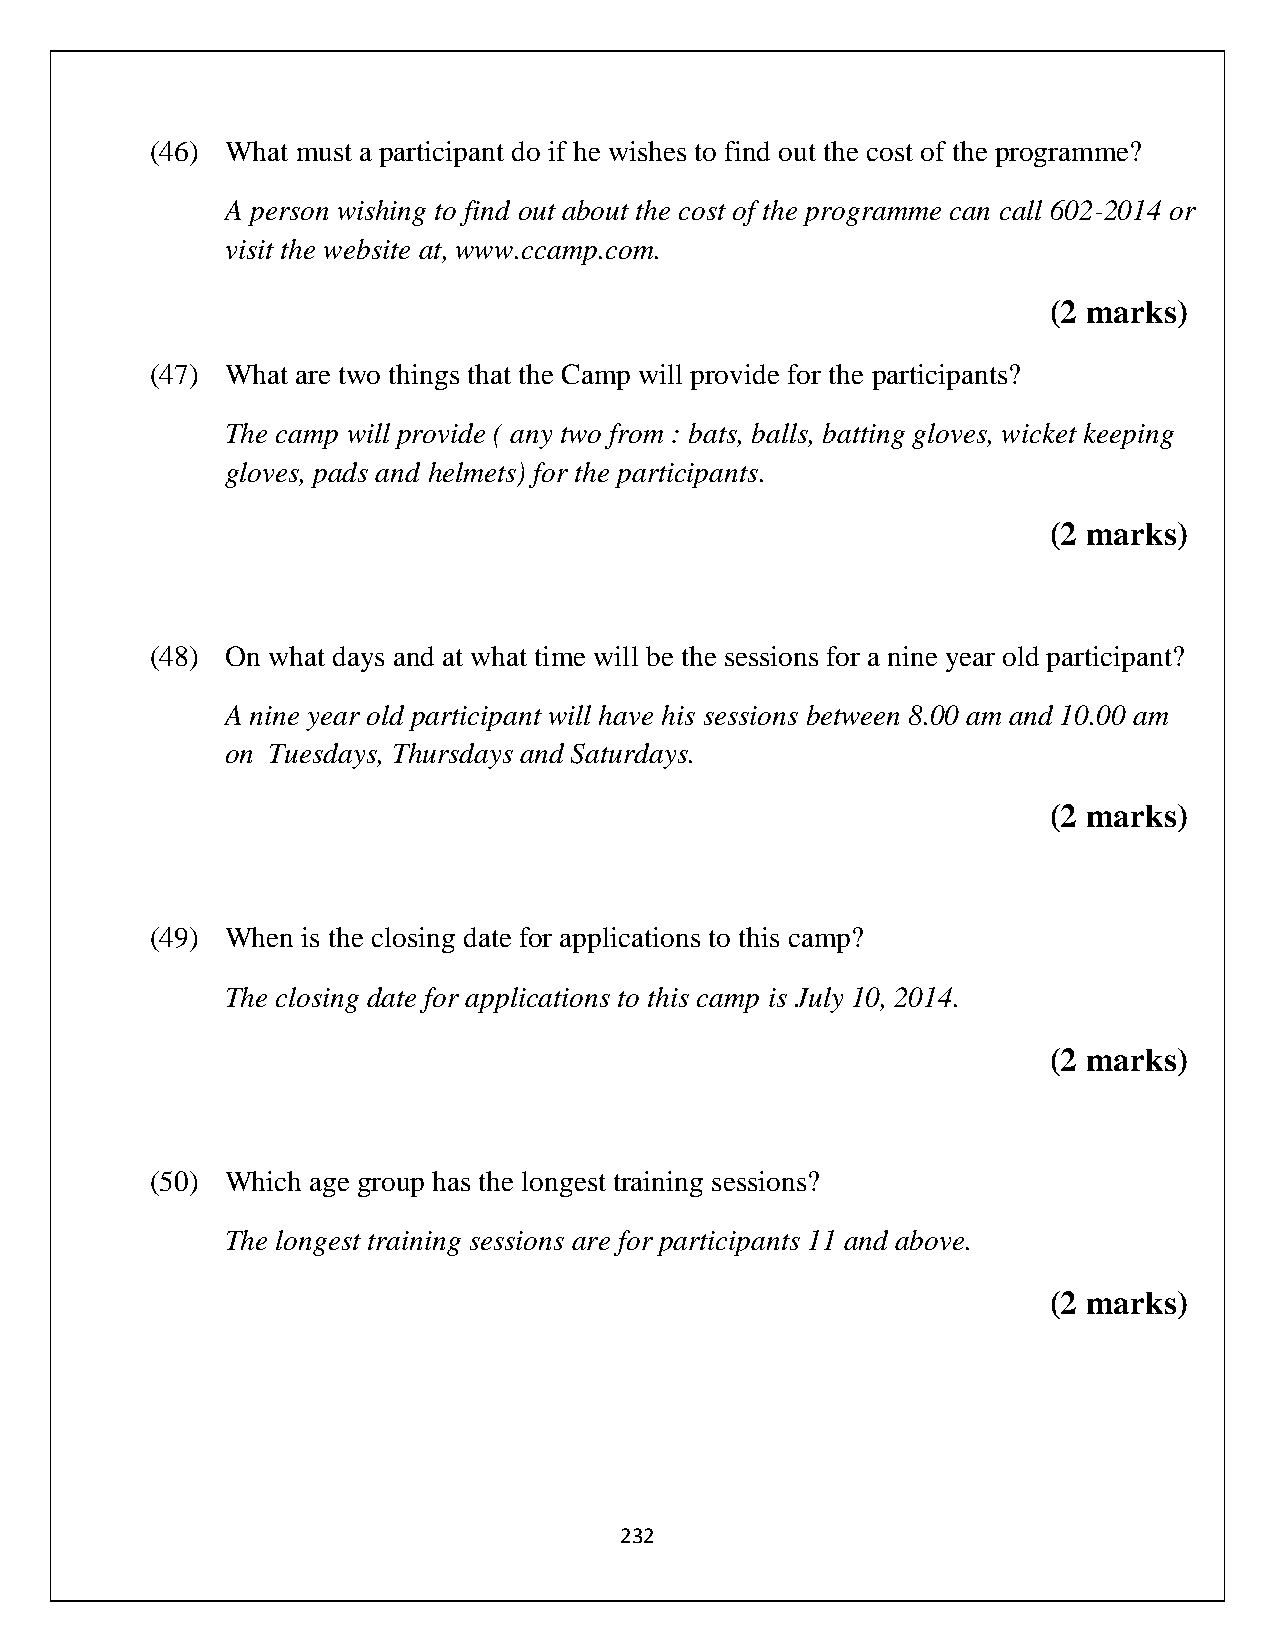
(46) What must a participant do if he wishes to find out the cost of the programme?
 A person wishing to find out about the cost of the programme can call 602-2014 or
 visit the website at, www.ccamp.com.
 (2 marks)
 (47) What are two things that the Camp will provide for the participants?
 The camp will provide ( any two from : bats, balls, batting gloves, wicket keeping
 gloves, pads and helmets) for the participants.
 (2 marks)
 (48) On what days and at what time will be the sessions for a nine year old participant?
 A nine year old participant will have his sessions between 8.00 am and 10.00 am
 on Tuesdays, Thursdays and Saturdays.
 (2 marks)
 (49) When is the closing date for applications to this camp?
 The closing date for applications to this camp is July 10, 2014.
 (2 marks)
 (50) Which age group has the longest training sessions?
 The longest training sessions are for participants 11 and above.
 (2 marks)
 232